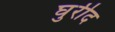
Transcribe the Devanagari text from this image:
घुरीद